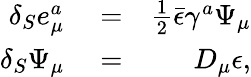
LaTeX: \begin{array}{rlr}{\delta_{S}e_{\mu}^{a}}&{{}=}&{\frac{1}{2}\bar{\epsilon}\gamma^{a}\Psi_{\mu}}\\ {\delta_{S}\Psi_{\mu}}&{{}=}&{D_{\mu}\epsilon,}\end{array}